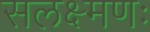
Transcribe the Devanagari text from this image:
सलक्ष्मणः